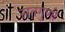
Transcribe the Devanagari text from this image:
सतगुणी